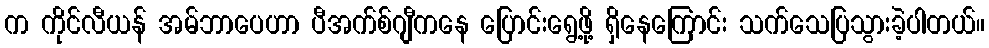
က ကိုင်လီယန် အမ်ဘာပေဟာ ပီအက်စ်ဂျီကနေ ပြောင်းရွေ့ဖို့ ရှိနေကြောင်း သက်သေပြသွားခဲ့ပါတယ်။